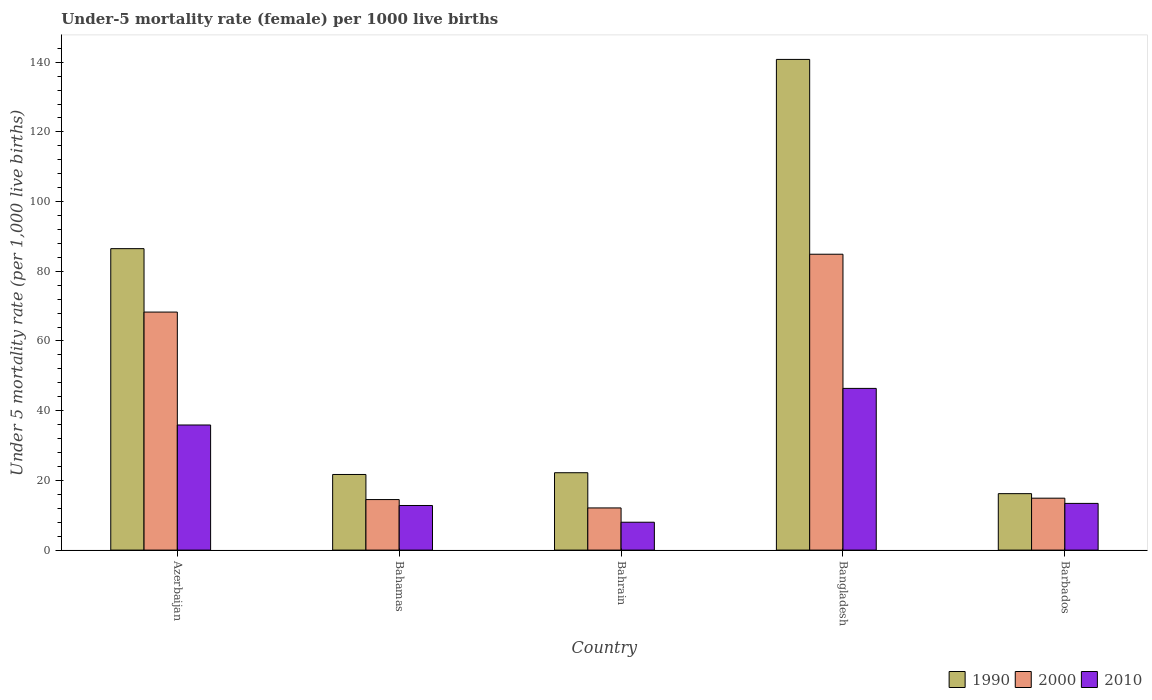
| Country | 1990 | 2000 | 2010 |
 | --- | --- | --- | --- |
 | Azerbaijan | 86.5 | 68.3 | 35.9 |
 | Bahamas | 21.7 | 14.5 | 12.8 |
 | Bahrain | 22.2 | 12.1 | 8 |
 | Bangladesh | 141 | 84.9 | 46.4 |
 | Barbados | 16.2 | 14.9 | 13.4 |